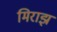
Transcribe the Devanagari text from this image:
मिराझ